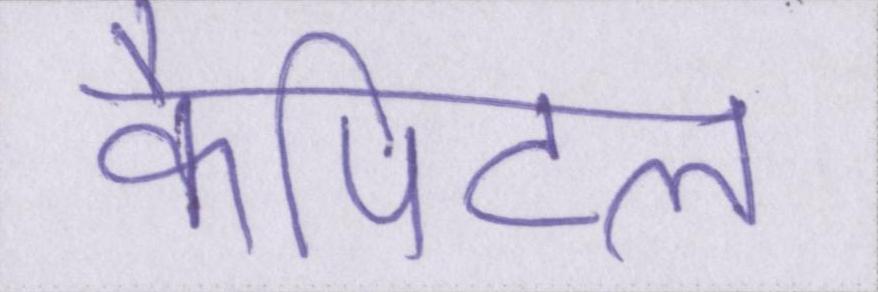
कैपिटल